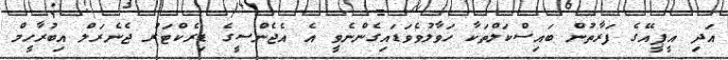
އަދި އީޕީއޭގެ ފަރާތުން ބައިސްކަލްތަކާ ހަވާލުވެވަޑައިގެންނެވީ އެ އެޖެންސީގެ ޑިރެކްޓަރު ޖެނެރަލް އިބުރާހީމް